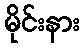
မိုင်းနား